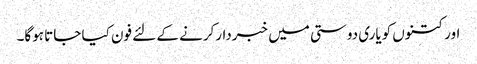
اور کتنوں کویاری دوستی میں خبردار‌کرنے کے لئے فون کیا جاتا ہوگا۔